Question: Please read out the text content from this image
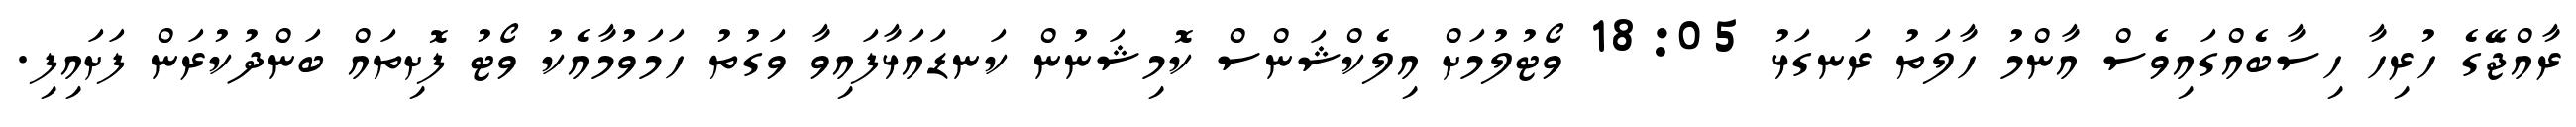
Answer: ރާއްޖޭގެ ހުރިހާ ހިސާބެއްގައިވެސް އާންމު ހާލަތު ރަނގަޅު 18:05 ވޯޓުލުމަށް އިލެކްޝަންސް ކޮމިޝަނުން ކަނޑައަޅާފައިވާ ވަގުތު ހަމަވުމާއެކު ވޯޓު ފޮށިތައް ބަންދުކުރަން ފަށައިފި.